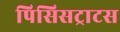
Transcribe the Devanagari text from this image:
पिसिसट्राटस